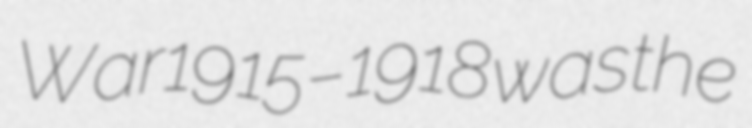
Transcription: War 1915–1918 was the